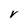
Character: v